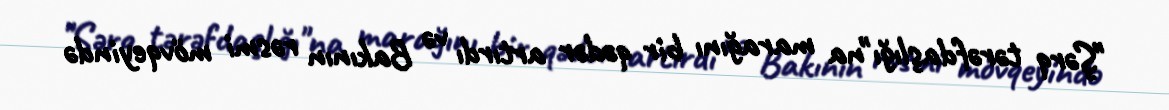
"Şərq tərəfdaşlığı"na marağını bir qədər artırdı və Bakının rəsmi mövqeyində